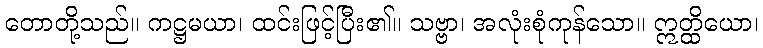
တောတို့သည်။ ကဋ္ဌမယာ၊ ထင်းဖြင့်ပြီး၏။ သဗ္ဗာ၊ အလုံးစုံကုန်သော။ ဣတ္ထိယော၊